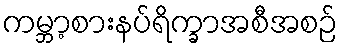
ကမ္ဘာ့စားနပ်ရိက္ခာအစီအစဉ်